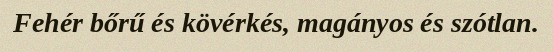
Fehér bőrű és kövérkés, magányos és szótlan.